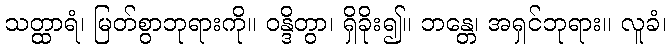
သတ္ထာရံ၊ မြတ်စွာဘုရားကို။ ဝန္ဒိတွာ၊ ရှိခိုး၍။ ဘန္တေ၊ အရှင်ဘုရား။ လူခံ၊